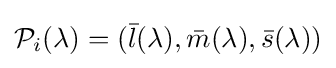
{\mathcal {P}}_{i}(\lambda )=({\bar {l}}(\lambda ),{\bar {m}}(\lambda ),{\bar {s}}(\lambda ))